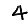
Digit: 4